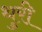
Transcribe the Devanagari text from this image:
थुरी